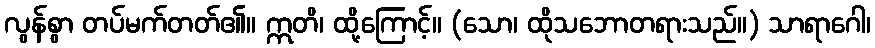
လွန်စွာ တပ်မက်တတ်၏။ ဣတိ၊ ထို့ကြောင့်။ (သော၊ ထိုသဘောတရားသည်။) သာရာဂေါ၊